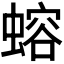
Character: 𬠣